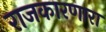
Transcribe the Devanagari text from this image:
राजकारणारा